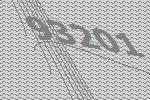
93201